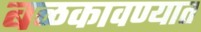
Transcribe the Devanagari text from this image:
बळकावण्यात